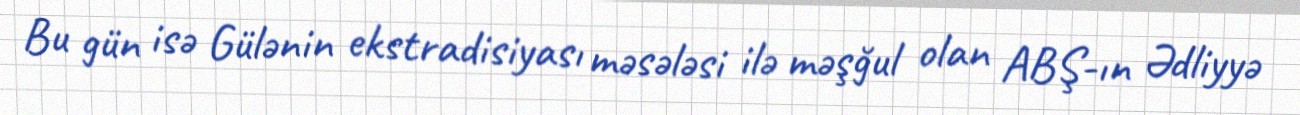
Bu gün isə Gülənin ekstradisiyası məsələsi ilə məşğul olan ABŞ-ın Ədliyyə